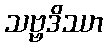
သဗ္ဗဒိဿာ